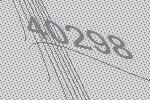
40298